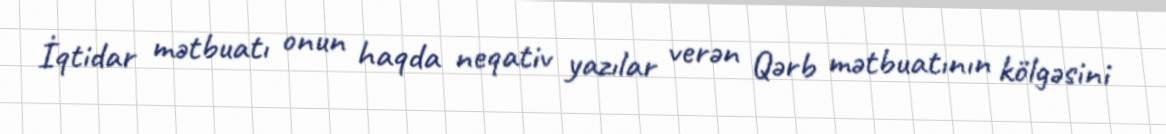
İqtidar mətbuatı onun haqda neqativ yazılar verən Qərb mətbuatının kölgəsini